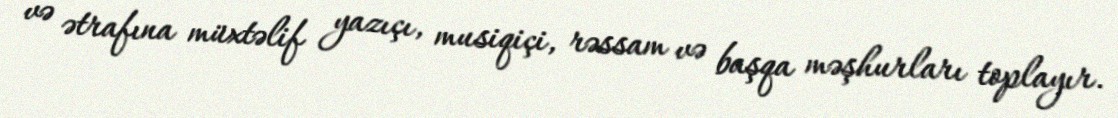
və ətrafına müxtəlif yazıçı, musiqiçi, rəssam və başqa məşhurları toplayır.